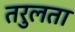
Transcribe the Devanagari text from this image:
तरुलता